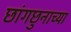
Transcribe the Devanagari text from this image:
छांगछुनाच्या